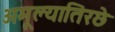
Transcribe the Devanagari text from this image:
अमूल्यातिरछे